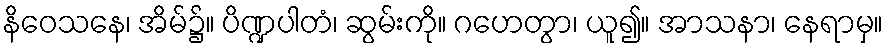
နိဝေသနေ၊ အိမ်၌။ ပိဏ္ဍပါတံ၊ ဆွမ်းကို။ ဂဟေတွာ၊ ယူ၍။ အာသနာ၊ နေရာမှ။